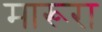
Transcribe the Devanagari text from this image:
मारूरा